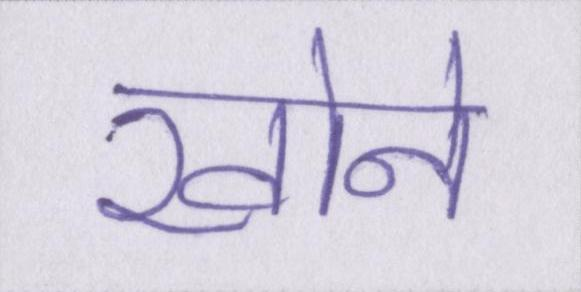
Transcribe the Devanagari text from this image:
खोने